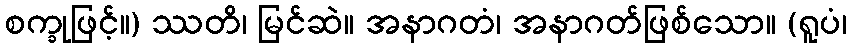
စက္ခုဖြင့်။) ဿတိ၊ မြင်ဆဲ။ အနာဂတံ၊ အနာဂတ်ဖြစ်သော။ (ရူပံ၊